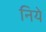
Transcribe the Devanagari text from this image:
निये